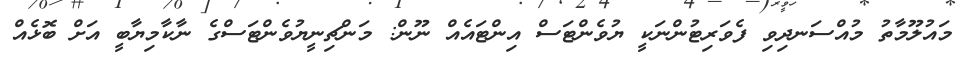
މައުލޫމާތު މުއްސަނދިވި ފެވަރިޓުންނަކީ ޔުވެންޓަސް އިންޓައެއް ނޫން: މަންޗިނީޔުވެންޓަސްގެ ނާކާމިޔާބީ އަށް ބޮޅެއް